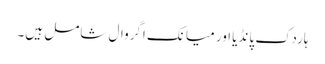
ہاردک پانڈیا اور میانک اگروال شامل ہیں۔